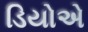
ડિયોએ